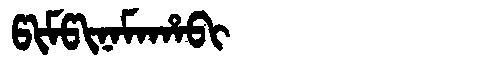
Manchu: ᡦᡳᠮᡦᡳᠨᠠᠮᠠᡥᠠᠪᡳ
Romanization: PIMPINAMAHABI